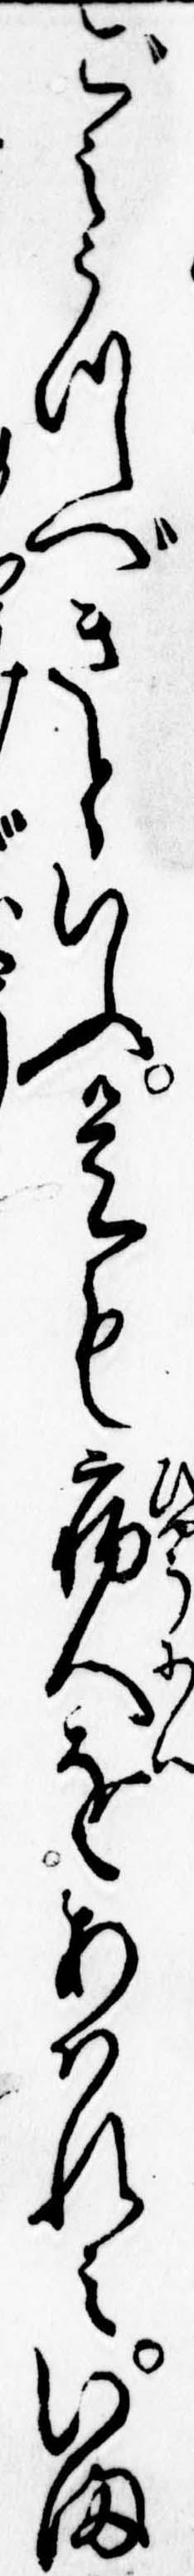
ごみうつべきといふ是も病人をあはれみいま